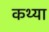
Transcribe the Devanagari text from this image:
कथ्या